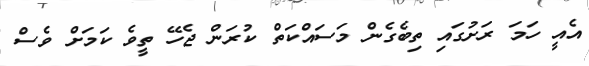
އެއީ ހަމަ ރަށުގައި ތިބެގެން މަސައްކަތް ކުރަން ޖެހޭ ތީވެ ކަމަށް ވެސް